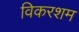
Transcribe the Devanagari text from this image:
विकरशम